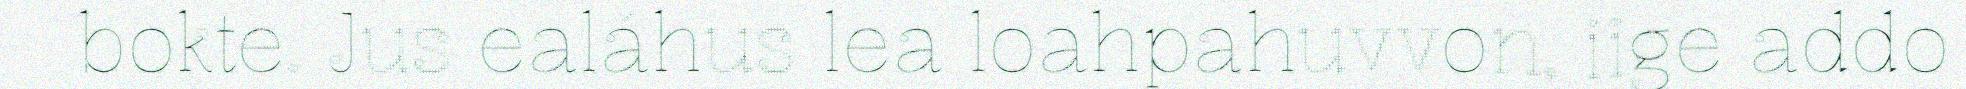
bokte. Jus ealáhus lea loahpahuvvon, iige addo